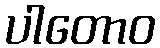
ပါတောဝ